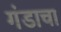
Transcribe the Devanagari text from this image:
गंडाचा